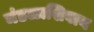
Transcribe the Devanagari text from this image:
मंडळाशिवाय